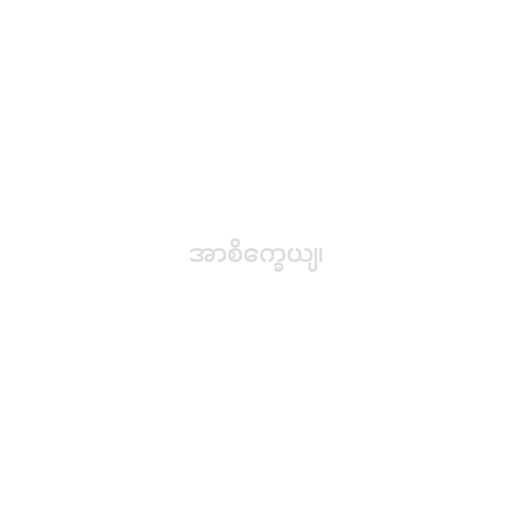
အာစိက္ခေယျ၊